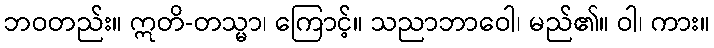
ဘဝတည်း။ ဣတိ-တသ္မာ၊ ကြောင့်။ သညာဘာဝေါ၊ မည်၏။ ဝါ၊ ကား။